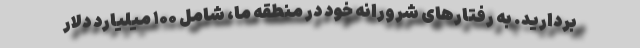
بردارید. به رفتارهای شرورانه خود در منطقه ما، شامل ۱۰۰ میلیارد دلار